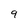
Character: 9